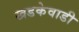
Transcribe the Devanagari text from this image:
खडकेवाडी